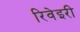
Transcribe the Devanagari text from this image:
रिवेइरी